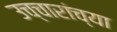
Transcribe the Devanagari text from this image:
उच्चारांच्या